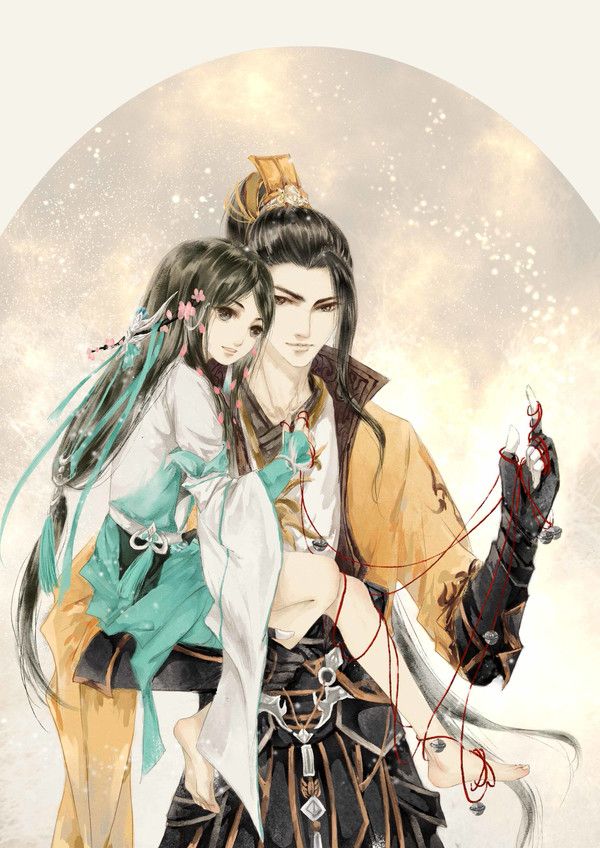
为奏薰琴唱，仍题宝剑名。